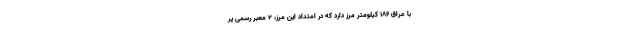
با عراق ۱۸۶ کیلومتر مرز دارد که در امتداد این مرز، ۲ معبر رسمی پر